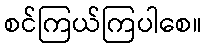
စင်ကြယ်ကြပါစေ။